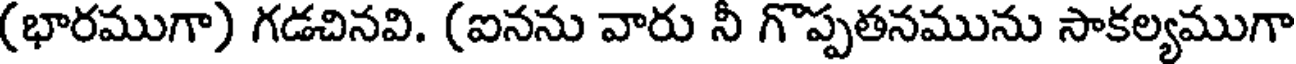
(భారముగా) గడచినవి. (ఐనను వారు నీ గొప్పతనమును సాకల్యముగా